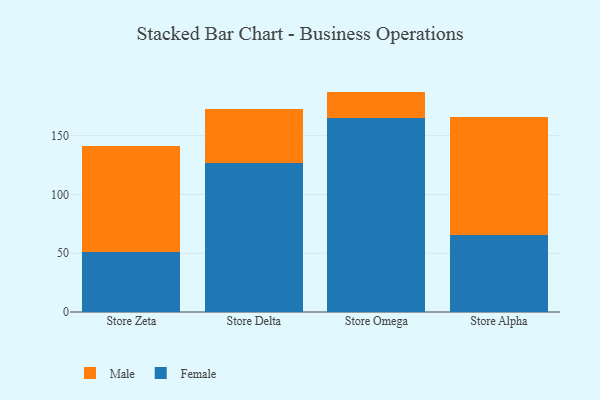
{"axis": {"x": "Store", "y": "Population (Million)"}, "legend": ["Female", "Male"], "data": [{"x": "Store Zeta", "y": 51.2, "type": "Female"}, {"x": "Store Zeta", "y": 90.1, "type": "Male"}, {"x": "Store Delta", "y": 126.6, "type": "Female"}, {"x": "Store Delta", "y": 45.7, "type": "Male"}, {"x": "Store Omega", "y": 165.3, "type": "Female"}, {"x": "Store Omega", "y": 22.2, "type": "Male"}, {"x": "Store Alpha", "y": 65.5, "type": "Female"}, {"x": "Store Alpha", "y": 100.3, "type": "Male"}]}